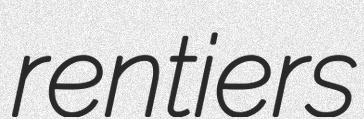
rentiers